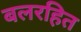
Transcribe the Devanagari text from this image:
बलरहित